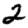
Digit: 2